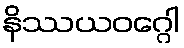
နိဿယဝဂ္ဂေါ